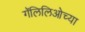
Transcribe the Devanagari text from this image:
गॅलिलिओच्या